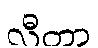
လီတာ